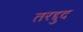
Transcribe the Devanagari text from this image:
तरद्दुद